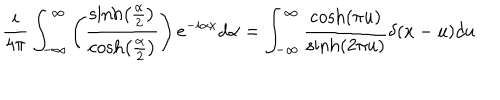
\frac { i } { 4 \pi } \int _ { - \infty } ^ { \infty } \left( \frac { \sinh \left( \frac { \alpha } { 2 } \right) } { \cosh \left( \frac { \alpha } { 2 } \right) } \right) e ^ { - i \alpha x } d \alpha = \int _ { - \infty } ^ { \infty } \frac { \cosh ( \pi u ) } { \sinh ( 2 \pi u ) } \delta ( x - u ) d u